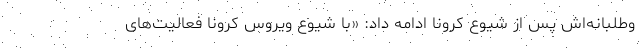
وطلبانه‌اش پس از شیوع کرونا ادامه داد: «با شیوع ویروس کرونا فعالیت‌های